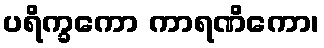
ပရိက္ခကော ကာရဏိကော၊